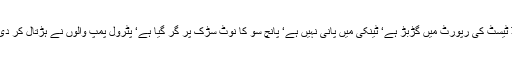
کرایہ بڑھ گیا ہے‘ نوکری چھوٹ گئی ہے‘ بلڈ ٹیسٹ کی رپورٹ میں گڑبڑ ہے‘ ٹینکی میں پانی نہیں ہے‘ پانچ سو کا نوٹ سڑک پر گر گیا ہے‘ پٹرول پمپ والوں نے ہڑتال کر دی ہے‘ وائی فائی کا پاس ورڈ چوری ہوگیا ہے۔